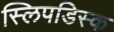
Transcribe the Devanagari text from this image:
स्लिपडिस्क